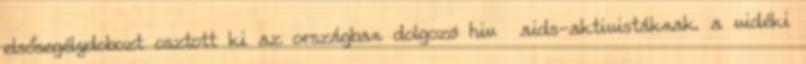
elsősegélydobozt osztott ki az országban dolgozó hiv aids-aktivistáknak. a vidéki